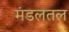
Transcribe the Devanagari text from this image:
मंडलतल